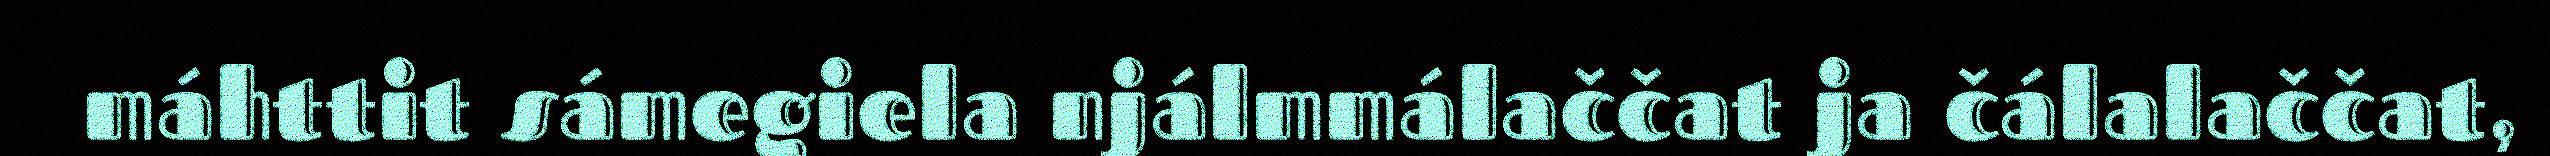
máhttit sámegiela njálmmálaččat ja čálalaččat,